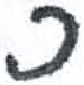
אות: כ